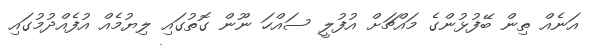
އަނެއް ތިން ބޭފުޅުންގެ މައްޗަށް އުފުލީ ސައްހަ ނޫން ގޮތުގައި ލިޔުމެއް އުފެއްދުމުގައި